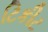
ટિકીટ